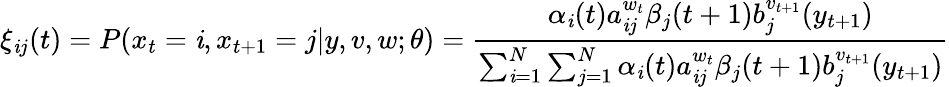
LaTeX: \xi_{\mathit{i}j}(t)=P(x_{t}=\mathit{i},x_{t+1}=j|y,v,w;\theta)={\frac{{\alpha_{\mathit{i}}(t)a_{\mathit{i}j}^{w_{t}}\beta_{j}(t+1)b_{j}^{v_{t+1}}(y_{t+1})}}{{\sum_{\mathit{i}=1}^{N}\sum_{j=1}^{N}\alpha_{\mathit{i}}(t)a_{\mathit{i}j}^{w_{t}}\beta_{j}(t+1)b_{j}^{v_{t+1}}(y_{t+1})}}}